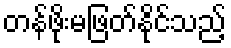
တန်ဖိုးမဖြတ်နိုင်သည့်